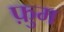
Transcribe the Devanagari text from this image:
फ़ुम